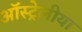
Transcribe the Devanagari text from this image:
ऑस्ट्रेलीया